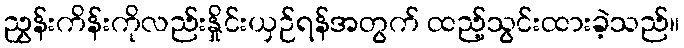
ညွှန်းကိန်းကိုလည်းနှိုင်းယှဉ်ရန်အတွက် ထည့်သွင်းထားခဲ့သည်။